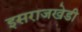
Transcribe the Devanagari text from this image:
इसराजखेडी